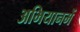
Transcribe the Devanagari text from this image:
अभियानमें